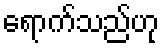
ရောက်သည်ဟု